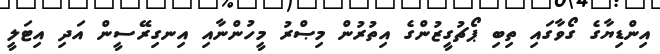
އިންޑިޔާގެ ގޯވާގައި ތިބި ޕޯޗުގީޒުންގެ އިތުރުން މިޞްރު މީހުންނާއި އިނގިރޭސީން އަދި އިޓަލީ